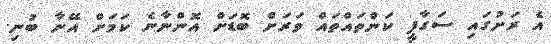
އެ ރަށުގައި ސަގާފީ ކަންތައްތައް ވަރަށް ބޮޑަށް އޮންނާނެ ކަމަށް އޭނާ ބުނި.